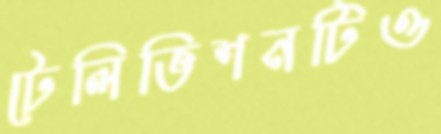
টেলিভিশনটিও